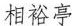
相裕亭